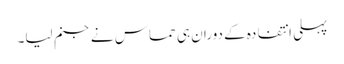
پہلی انتفادہ کے دوران ہی حماس نے جنم لیا۔